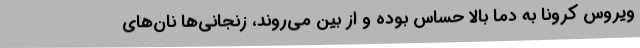
ویروس کرونا به دما بالا حساس بوده و از بین می‌روند، زنجانی‌ها نان‌های